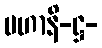
မဟာနိ-ဋ္ဌ-